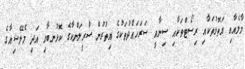
މާލެއާއި އަތޮޅުތަކާއި ރިސޯޓްތަކާއި ސިނާއީ ސަރަހައްދުތަކުގެ އިތުރުން ސްރީލަންކާގެ ކޮޅުނބާއި އަދި މެލޭޝިއާގެ